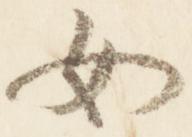
女